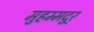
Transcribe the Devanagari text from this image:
मुहम्मदुर्